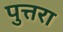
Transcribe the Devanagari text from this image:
पुत्तरा